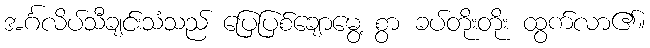
အင်္ဂလိပ်သီချင်းသံသည် ပြေပြစ်ချောမွေ့ စွာ ခပ်တိုးတိုး ထွက်လာ၏။